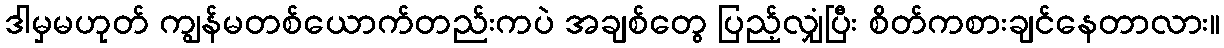
ဒါမှမဟုတ် ကျွန်မတစ်ယောက်တည်းကပဲ အချစ်တွေ ပြည့်လျှံပြီး စိတ်ကစားချင်နေတာလား။